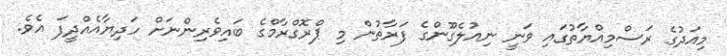
މިއަދުގެ ރަސްމިއްޔާތުގައި ވަނީ ނިއުލެގޫންގެ ފަރާތުން މި ޕްރޮގްރާމްގެ ބައިވެރިންނަށް ހަދިޔާއެއްދީފަ އެވެ.